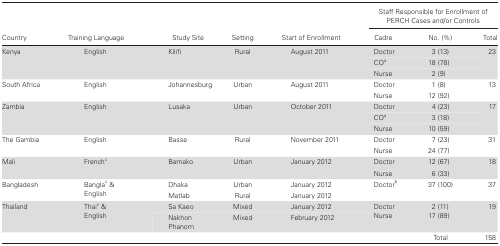
<table><thead><tr><td rowspan="2"><b>Country</b></td><td rowspan="2"><b>Training Language</b></td><td rowspan="2"><b>Study Site</b></td><td rowspan="2"><b>Setting</b></td><td rowspan="2"><b>Start of Enrollment</b></td><td colspan="3"><b>Staff Responsible for Enrollment of PERCH Cases and/or Controls</b></td></tr><tr><td><b>Cadre</b></td><td><b>No. (%)</b></td><td><b>Total</b></td></tr></thead><tbody><tr><td rowspan="3">Kenya</td><td rowspan="3">English</td><td rowspan="3">Kilifi</td><td rowspan="3">Rural</td><td rowspan="3">August 2011</td><td>Doctor</td><td>3 (13)</td><td rowspan="3">23</td></tr><tr><td>CO<sup>a</sup></td><td>18 (78)</td></tr><tr><td>Nurse</td><td>2 (9)</td></tr><tr><td rowspan="2">South Africa</td><td rowspan="2">English</td><td rowspan="2">Johannesburg</td><td rowspan="2">Urban</td><td rowspan="2">August 2011</td><td>Doctor</td><td>1 (8)</td><td rowspan="2">13</td></tr><tr><td>Nurse</td><td>12 (92)</td></tr><tr><td rowspan="3">Zambia</td><td rowspan="3">English</td><td rowspan="3">Lusaka</td><td rowspan="3">Urban</td><td rowspan="3">October 2011</td><td>Doctor</td><td>4 (23)</td><td rowspan="3">17</td></tr><tr><td>CO<sup>a</sup></td><td>3 (18)</td></tr><tr><td>Nurse</td><td>10 (59)</td></tr><tr><td rowspan="2">The Gambia</td><td rowspan="2">English</td><td rowspan="2">Basse</td><td rowspan="2">Rural</td><td rowspan="2">November 2011</td><td>Doctor</td><td>7 (23)</td><td rowspan="2">31</td></tr><tr><td>Nurse</td><td>24 (77)</td></tr><tr><td rowspan="2">Mali</td><td rowspan="2">French<sup>c</sup></td><td rowspan="2">Bamako</td><td rowspan="2">Urban</td><td rowspan="2">January 2012</td><td>Doctor</td><td>12 (67)</td><td rowspan="2">18</td></tr><tr><td>Nurse</td><td>6 (33)</td></tr><tr><td rowspan="2">Bangladesh</td><td rowspan="2">Bangla<sup>c</sup> &amp; English</td><td>Dhaka</td><td>Urban</td><td>January 2012</td><td rowspan="2">Doctor<sup>b</sup></td><td rowspan="2">37 (100)</td><td rowspan="2">37</td></tr><tr><td>Matlab</td><td>Rural</td><td>January 2012</td></tr><tr><td rowspan="2">Thailand</td><td rowspan="2">Thai<sup>c</sup> &amp; English</td><td>Sa Kaeo</td><td>Mixed</td><td>January 2012</td><td rowspan="2">DoctorNurse</td><td rowspan="2">2 (11)17 (89)</td><td rowspan="2">19</td></tr><tr><td>Nakhon Phanom</td><td>Mixed</td><td>February 2012</td></tr><tr><td colspan="6"></td><td>Total</td><td>158</td></tr></tbody></table>